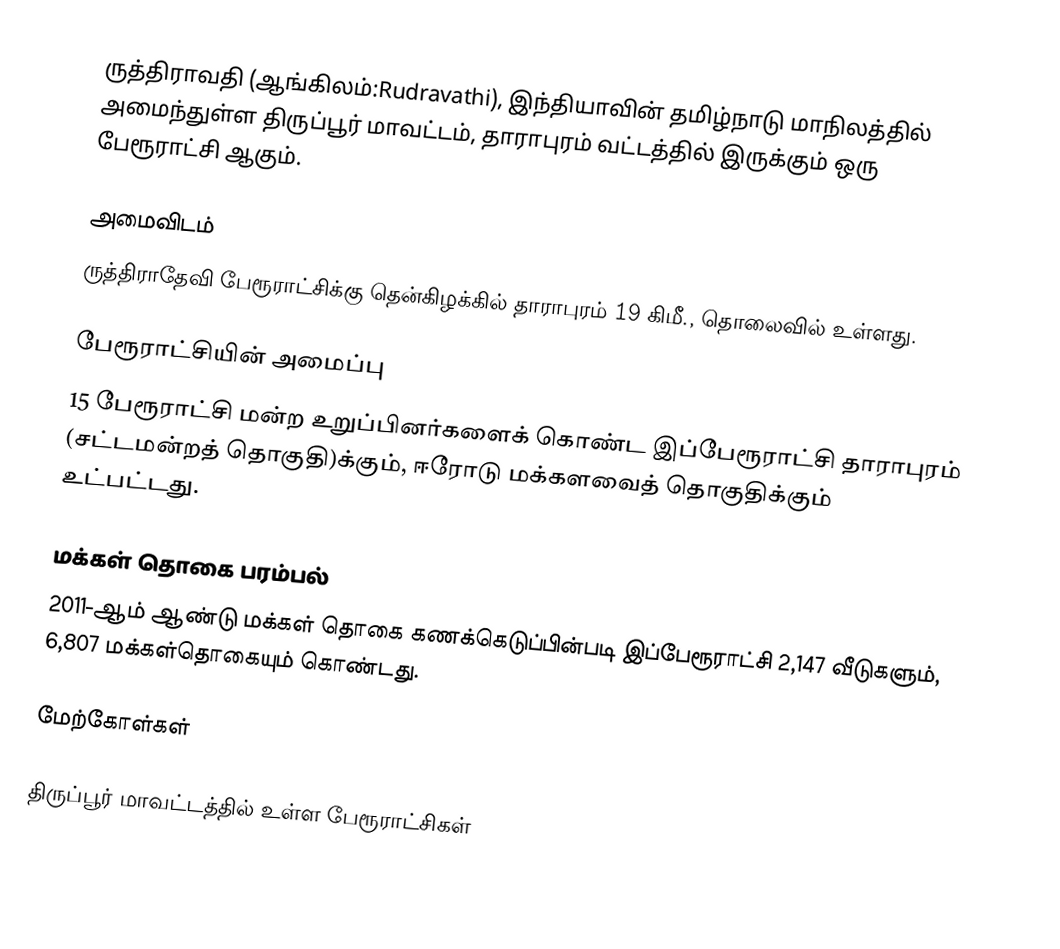
ருத்திராவதி (ஆங்கிலம்:Rudravathi), இந்தியாவின் தமிழ்நாடு மாநிலத்தில் அமைந்துள்ள திருப்பூர் மாவட்டம், தாராபுரம் வட்டத்தில் இருக்கும் ஒரு பேரூராட்சி ஆகும்.

அமைவிடம்
ருத்திராதேவி பேரூராட்சிக்கு தென்கிழக்கில்   தாராபுரம்  19  கிமீ.,  தொலைவில் உள்ளது.

பேரூராட்சியின் அமைப்பு
15  பேரூராட்சி மன்ற உறுப்பினர்களைக்  கொண்ட இப்பேரூராட்சி  தாராபுரம்   (சட்டமன்றத் தொகுதி)க்கும், ஈரோடு மக்களவைத் தொகுதிக்கும் உட்பட்டது.

மக்கள் தொகை பரம்பல்
2011-ஆம் ஆண்டு மக்கள் தொகை கணக்கெடுப்பின்படி  இப்பேரூராட்சி   2,147     வீடுகளும்,   6,807 மக்கள்தொகையும் கொண்டது.

மேற்கோள்கள்

திருப்பூர் மாவட்டத்தில் உள்ள பேரூராட்சிகள்